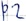
Text: P2